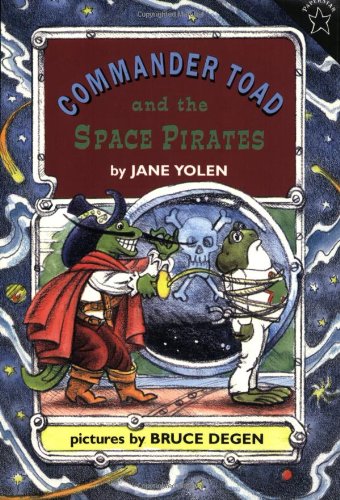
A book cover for Commander Toad and the Space Pirates; Jane Yolen; Children's Books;